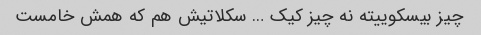
چیز بیسکوییته نه چیز کیک … سکلاتیش هم که همش خامست